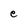
Character: e